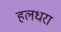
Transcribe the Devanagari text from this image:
हलधरा